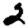
Digit: 2